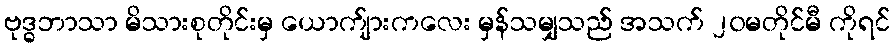
ဗုဒ္ဓဘာသာ မိသားစုတိုင်းမှ ယောက်ျားကလေး မှန်သမျှသည် အသက် ၂၀မတိုင်မီ ကိုရင်